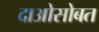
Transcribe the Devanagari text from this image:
दाओसोबत